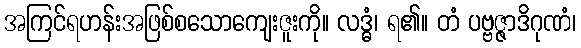
အကြင်ရဟန်းအဖြစ်စသောကျေးဇူးကို။ လဒ္ဓံ၊ ရ၏။ တံ ပဗ္ဗဇ္ဇာဒိဂုဏံ၊